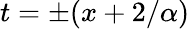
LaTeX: t=\pm(x+2/\alpha)